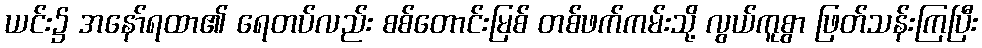
ယင်း၌ အနော်ရထာ၏ ရေတပ်လည်း စစ်တောင်းမြစ် တစ်ဖက်ကမ်းသို့ လွယ်ကူစွာ ဖြတ်သန်းကြပြီး